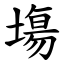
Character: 塲